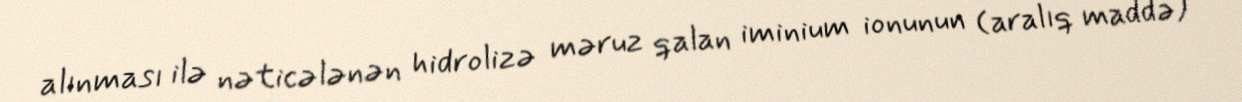
alınması ilə nəticələnən hidrolizə məruz qalan iminium ionunun (aralıq maddə)